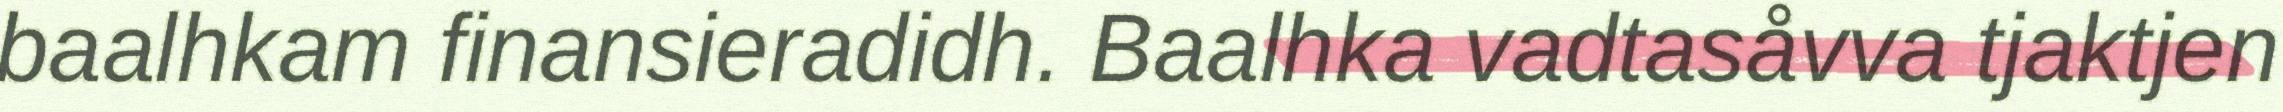
baalhkam finansieradidh. Baalhka vadtasåvva tjaktjen